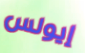
إيولس